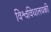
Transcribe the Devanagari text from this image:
विश्वविधालयकी